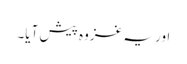
اور یہ غزوہ پیش آیا۔